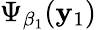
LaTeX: \Psi_{\beta_{1}}(\mathbf{y}_{1})